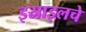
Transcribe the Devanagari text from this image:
इस्राइलचे